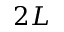
2 L